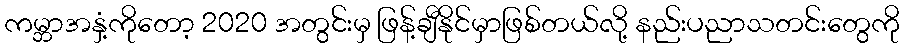
ကမ္ဘာအနှံ့ကိုတော့ 2020 အတွင်းမှ ဖြန့်ချီနိုင်မှာဖြစ်တယ်လို့ နည်းပညာသတင်းတွေကို